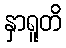
နှာရူတိ